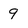
Character: 9